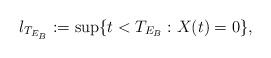
LaTeX: \begin{align*}l_{T_{E_B}} :=\sup\{t< T_{E_B}: X(t)=0\}, \end{align*}